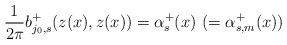
\begin{align*}\frac{1}{2\pi}b^+_{j_0, s}(z(x), z(x))=\alpha^+_s(x)\,\,(=\alpha^+_{s, m}(x))\end{align*}